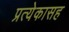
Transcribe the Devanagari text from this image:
प्रत्येकासह